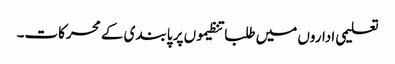
تعلیمی اداروں میں طلبا تنظیموں پر پابندی کے محرکات۔